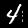
Digit: 4